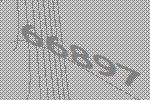
66897